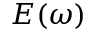
E ( \omega )